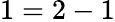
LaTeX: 1=2-1